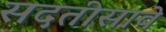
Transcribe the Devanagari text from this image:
सदतीसावे